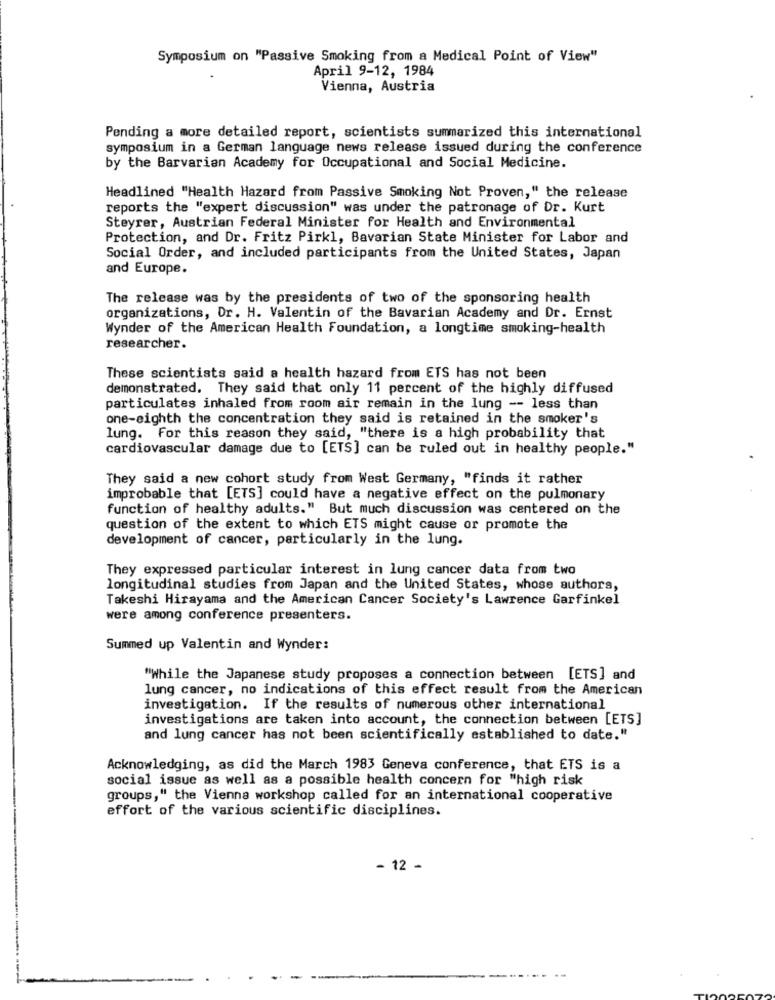
Symposium on "Passive Smoking from a Medical Point of View"
April 9-12, 1984
Vienna, Austria
Pending a more detailed report, scientists summarized this international
symposium in a German language news release issued during the conference
by the Barvarian Academy for Occupational and Social Medicine.
Headlined "Health Hazard from Passive Smoking Not Proven," the release
reports the "expert discussion" was under the patronage of Dr. Kurt
Steyrer, Austrian Federal Minister for Health and Environmental
Protection, and Dr. Fritz Pirkl, Bavarian State Minister for Labor and
Social Order, and included participants from the United States, Japan
and Europe.
The release was by the presidents of two of the sponsoring health
organizations, Dr. H. Valentin of the Bavarian Academy and Dr. Ernst
Wynder of the American Health Foundation, a longtime smoking-health
researcher.
These scientists said a health hazard from ETS has not been
demonstrated. They said that only 11 percent of the highly diffused
particulates inhaled from room air remain in the lung -- less than
one-eighth the concentration they said is retained in the smoker's
lung. For this reason they said, "there is a high probability that
cardiovascular damage due to [ETS] can be ruled out in healthy people."
They said a new cohort study from West Germany, "finds it rather
improbable that [ETS] could have a negative effect on the pulmonary
function of healthy adults." But much discussion was centered on the
question of the extent to which ETS might cause or promote the
development of cancer, particularly in the lung.
They expressed particular interest in lung cancer data from two
longitudinal studies from Japan and the United States, whose authors,
Takeshi Hirayama and the American Cancer Society's Lawrence Garfinkel
were among conference presenters.
Summed up Valentin and Wynder:
"While the Japanese study proposes a connection between [ETS] and
lung cancer, no indications of this effect result from the American
investigation. If the results of numerous other international
investigations are taken into account, the connection between [ETS]
and lung cancer has not been scientifically established to date."
Acknowledging, as did the March 1983 Geneva conference, that ETS is a
social issue as well as a possible health concern for "high risk
groups," the Vienna workshop called for an international cooperative
effort of the various scientific disciplines.
- 12 -